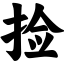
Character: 捡